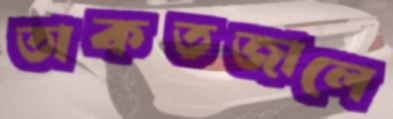
তাকতজালে